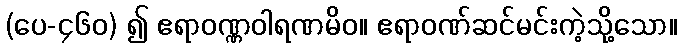
(ပေ-၄၆၀) ၍ ဧရာဝဏ္ဏဝါရဏမိဝ။ ဧရာဝဏ်ဆင်မင်းကဲ့သို့သော။